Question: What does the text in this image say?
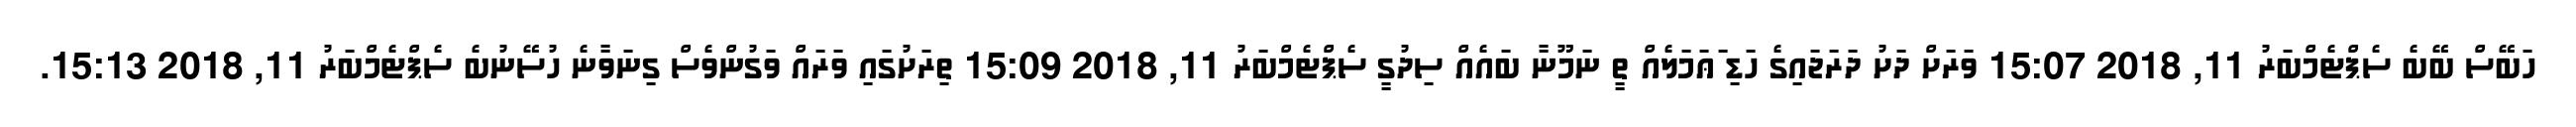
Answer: ހަބޭސް ބޭބެ ސެޕްޓެމްބަރު 11, 2018 15:07 ވަރަށް ދަށު ދަރަޖައިގެ ހަޑި ަޢަމަލެއް ތީ ނަމޫނާ ބައެއް ސިދުގީ ސެޕްޓެމްބަރު 11, 2018 15:09 ތިރަށުގައި ވަރައް ވަގުންވެސް ގިނަވާނެ ހުސޭނުބެ ސެޕްޓެމްބަރު 11, 2018 15:13.